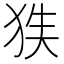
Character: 𱭻